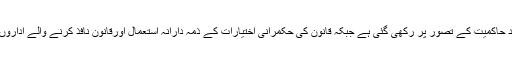
ریاست کی رٹ کے نظریہ کی بنیاد حاکمیت کے تصور پر رکھی گئی ہے جبکہ قانون کی حکمرانی اختیارات کے ذمہ دارانہ استعمال اورقانون نافذ کرنے والے اداروں کےاحتساب کی متقاضی ہوتی ہے۔